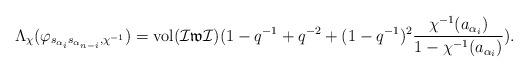
LaTeX: \begin{align*}&\Lambda_{\chi}(\varphi_{s_{\alpha_i}s_{\alpha_{n-i}},\chi^{-1}})=\mathrm{vol}(\mathcal{I}\mathfrak{w}\mathcal{I})(1-q^{-1}+q^{-2}+(1-q^{-1})^2\frac{\chi^{-1}(a_{\alpha_i})}{1-\chi^{-1}(a_{\alpha_i})}).\end{align*}